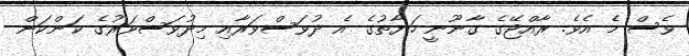
ވެސް މެ އެވެ. ރާއްޖޭގެ ގާނޫނީ ހަޔާތުގެ އެ ދުވަސްވަރާއި މިދުވަސްވަރުގެ ކަންކަން